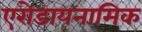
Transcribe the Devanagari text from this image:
एरोडायनामिक